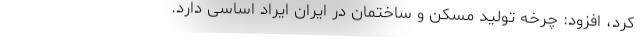
کرد،‌ افزود: چرخه تولید مسکن و ساختمان در ایران ایراد اساسی دارد.